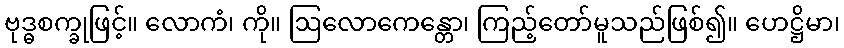
ဗုဒ္ဓစက္ခုဖြင့်။ လောကံ၊ ကို။ ဩလောကေန္တော၊ ကြည့်တော်မူသည်ဖြစ်၍။ ဟေဋ္ဌိမာ၊